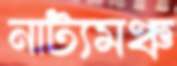
নাট্যমঞ্চ